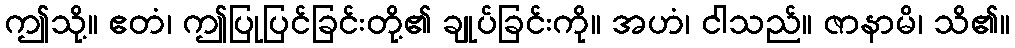
ဤသို့။ ဧတံ၊ ဤပြုပြင်ခြင်းတို့၏ ချုပ်ခြင်းကို။ အဟံ၊ ငါသည်။ ဇာနာမိ၊ သိ၏။